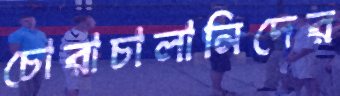
চোরাচালানিদের